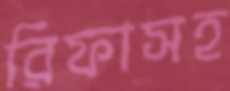
রিফাসহ